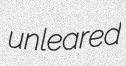
unleared